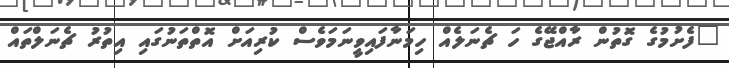
"ފެށުމުގެ ގޮތުން ރާއްޖޭގެ ހަ ޗެނަލެއް ހިމަނާފައިވީނަމަވެސް ކުރިއަށް އޮތްތަނުގައި އިތުރު ޗެނަލްތައް